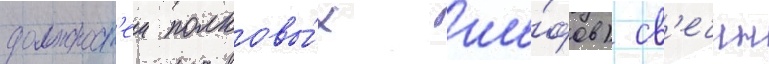
должност'еи полковы́х ше́фов) св'ечин